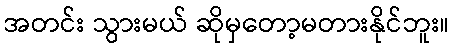
အတင်း သွားမယ် ဆိုမှတော့မတားနိုင်ဘူး။